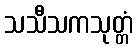
သသီသကသုတ္တံ